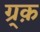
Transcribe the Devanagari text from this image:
ग्र्क़